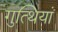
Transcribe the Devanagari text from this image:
गुत्थियां